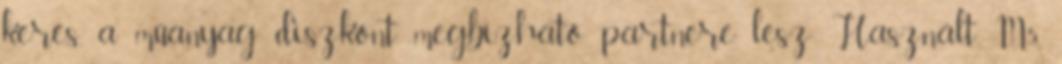
keres, a műanyag diszkont megbízható partnere lesz Használt M5